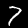
Label: 7